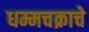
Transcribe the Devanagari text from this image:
धम्मचक्राचे